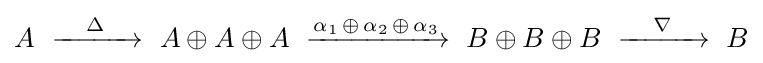
A\ \xrightarrow {\quad \Delta \quad } \ A\oplus A\oplus A\ \xrightarrow {\alpha _{1}\,\oplus \,\alpha _{2}\,\oplus \,\alpha _{3}} \ B\oplus B\oplus B\ \xrightarrow {\quad \nabla \quad } \ B